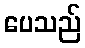
ပေသည်